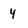
Character: 4